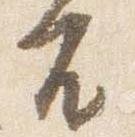
不